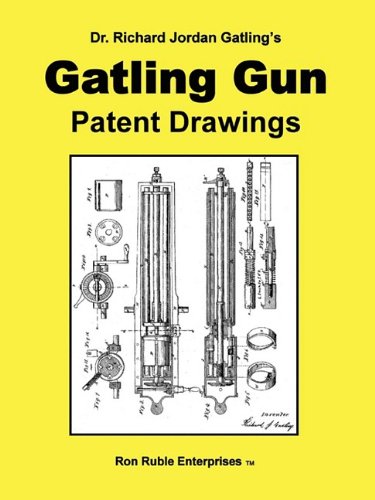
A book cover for Dr. Richard Jordan Gatling's GATLING GUN PATENT DRAWINGS; Ron Ruble; History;